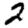
Digit: 2